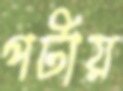
পটায়